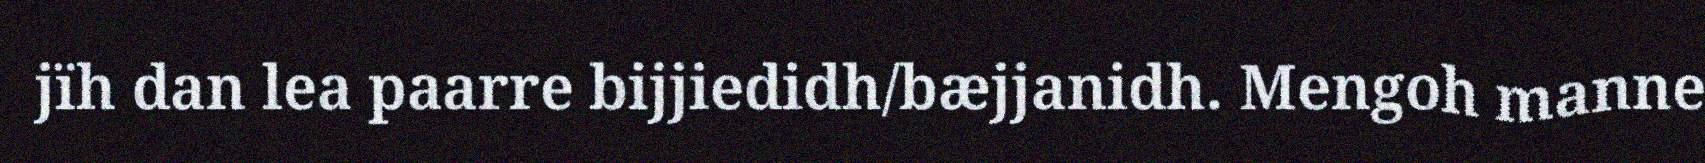
jïh dan lea paarre bijjiedidh/bæjjanidh. Mengoh manne